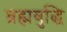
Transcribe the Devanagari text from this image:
ब्रह्मबुद्धि